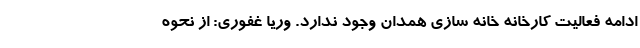
ادامه فعالیت کارخانه خانه سازی همدان وجود ندارد. وریا غفوری: از نحوه